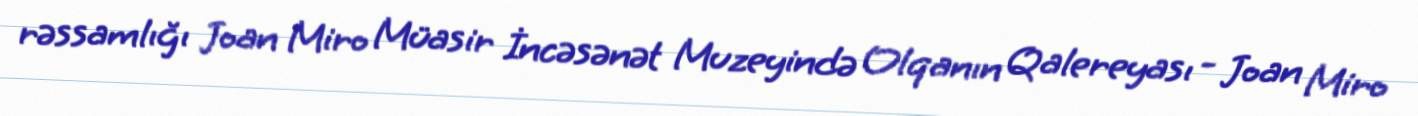
rəssamlığı Joan Miro Müasir İncəsənət Muzeyində Olqanın Qalereyası - Joan Miro